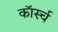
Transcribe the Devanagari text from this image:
कॉर्स्च